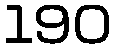
190